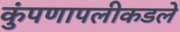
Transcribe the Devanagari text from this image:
कुंपणापलीकडले